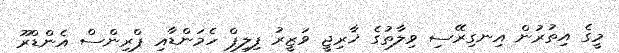
މީގެ އިތުރުން އިނގިރޭސި ވިލާތުގެ ޚާރިޖީ ވަޒީރު ފިލިޕް ހެމަންޑާއި ޕްރިންސް އެންޑްރޫ